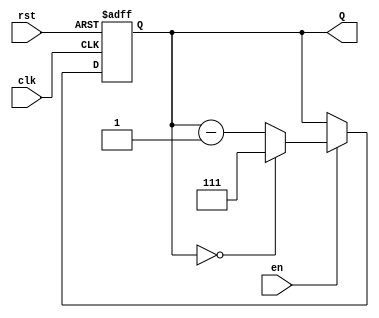
module down_counter (
    input wire clk,      // Clock signal
    input wire rst,      // Asynchronous reset
    input wire en,       // Enable signal
    output reg [2:0] Q   // 3-bit output count
);

// Maximum count value for a 3-bit counter is 7 (111 in binary)
localparam MAX_COUNT = 3'b111;

// Asynchronous reset logic
always @(posedge clk or posedge rst) begin
    if (rst) begin
        Q <= MAX_COUNT; // Initialize counter to maximum value on reset
    end else if (en) begin
        if (Q == 3'b000) begin
            Q <= MAX_COUNT; // Wrap around to maximum count
        end else begin
            Q <= Q - 1; // Decrement the counter
        end
    end
    // If enable is low, Q holds its value
end

endmodule